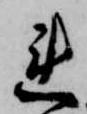
連